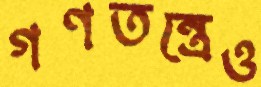
গণতন্ত্রেও